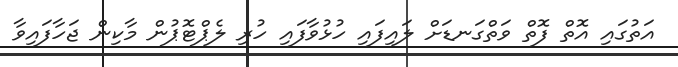
އަތުގައި އޮތް ފޮތް ވަތްގަނޑަށް ލައިފައި ހުޅުވާފައި ހުރި ލެޕްޓޮޕުން މާކިން ޖަހާފައިވާ